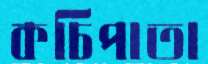
কচিপাতা